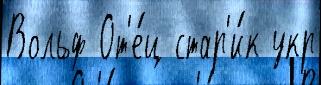
Вольф От'е́ц стар'и́к укр